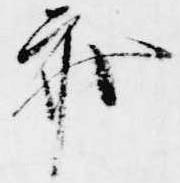
参